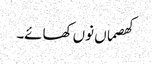
کھصماں نوں کھائے۔